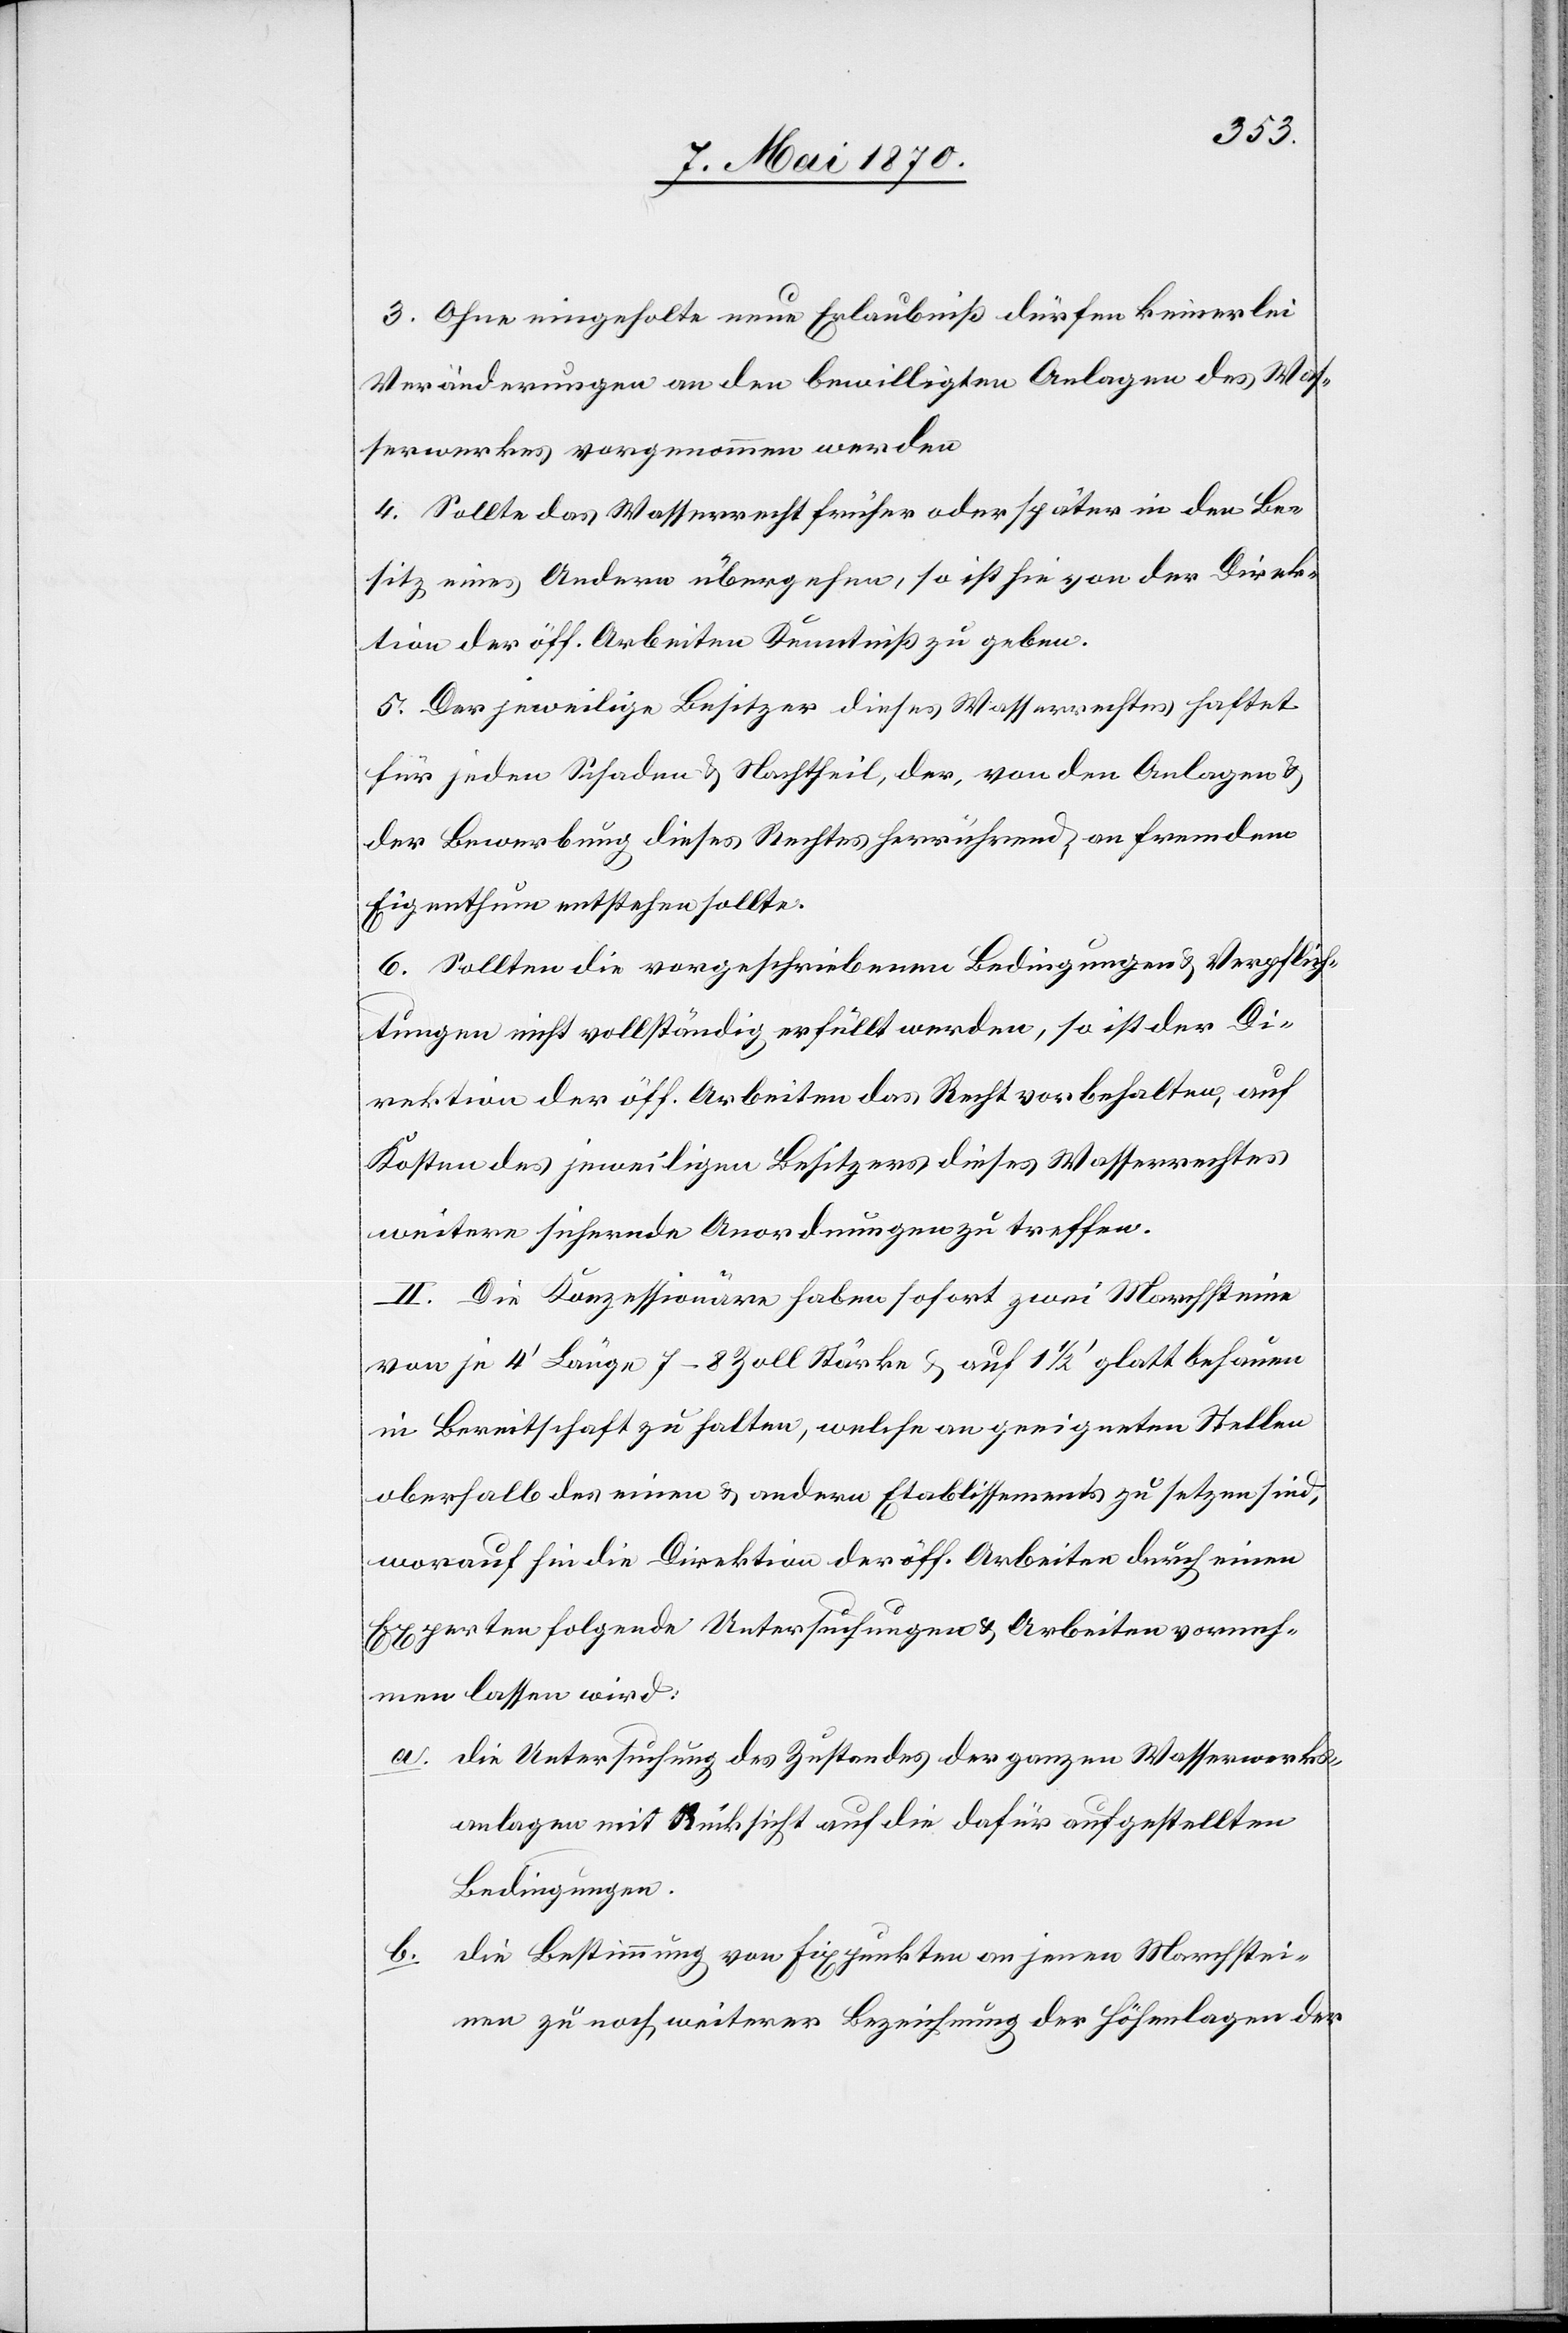
3. Ohne eingeholte neue Erlaubniß dürfen keinerlei
Veränderungen an den bewilligten Anlagen des Was¬
serwerkes vorgenommen werden.
4. Sollte das Wasserrecht früher oder später in den Be¬
sitz eines Andern übergehen, so ist hie von der Direk¬
tion der öff. Arbeiten Kenntniß zu geben.
5. Der jeweilige Besitzer dieses Wasserrechtes haftet
für jeden Schaden & Nachtheil, der, von den Anlagen &
der Bewerbung dieses Rechtes herrührend an fremdem
Eigenthum entstehen sollte.
6. Sollten die vorgeschriebenen Bedingungen & Verpflich¬
tungen nicht vollständig erfüllt werden, so ist der Di¬
rektion der öff. Arbeiten das Recht vorbehalten, auf
Kosten des jeweiligen Besitzers dieses Wasserrechtes
weitere sichernde Anordnungen zu treffen.
II. Die Konzessionäre haben sofort zwei Marchsteine
von je 4‘ Länge 7–8 Zoll Stärke & auf 1 1/2‘ glatt behauen
in Bereitschaft zu halten, welche an geeigneten Stellen
oberhalb des einen & andern Etablissements zu setzen sind,
worauf hin die Direktion der öff. Arbeiten durch einen
Experten folgende Untersuchungen & Arbeiten vorneh¬
men lassen wird:
a. die Untersuchung des Zustandes der ganzen Wasserwerks¬
anlagen mit Rücksicht auf die dafür aufgestellten
Bedingungen.
b. die Bestimmung von Fixpunkte an jenen Marchstei¬
nen zu noch weiterer Bezeichnung der Höhenlagen der